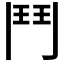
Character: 鬥